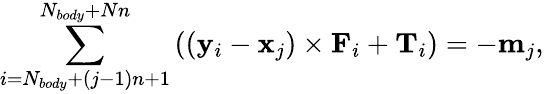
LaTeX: \sum_{i=N_{body}+(j-1)n+1}^{N_{body}+Nn}\left((\mathbf{y}_{i}-\mathbf{x}_{j})\times\mathbf{F}_{i}+\mathbf{T}_{i}\right)=-\mathbf{m}_{j},